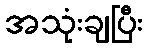
အသုံးချပြီး